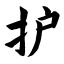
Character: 护